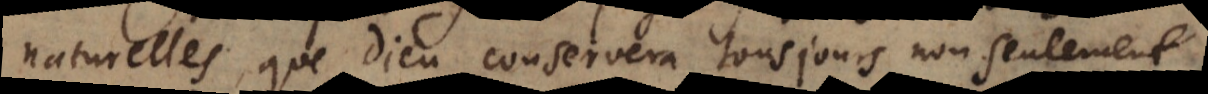
naturelles, que Dieu conservera tousjours non seulement